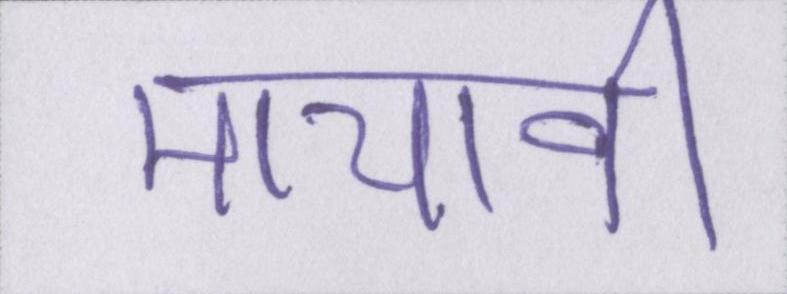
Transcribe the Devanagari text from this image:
मायावी